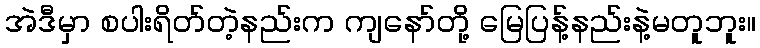
အဲဒီမှာ စပါးရိတ်တဲ့နည်းက ကျနော်တို့ မြေပြန့်နည်းနဲ့မတူဘူး။